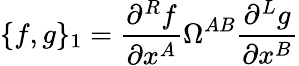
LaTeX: \{ f,g\} _{1}=\frac{\partial^{R}f}{\partial x^{A}}\Omega^{AB}\frac{\partial^{L}g}{\partial x^{B}}